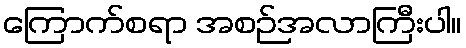
ကြောက်စရာ အစဉ်အလာကြီးပါ။